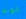
دونه